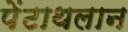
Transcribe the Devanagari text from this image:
पेंटाथलान